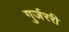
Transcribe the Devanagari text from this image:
गुर्जररी